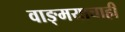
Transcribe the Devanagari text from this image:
वाङ्मयाचाही